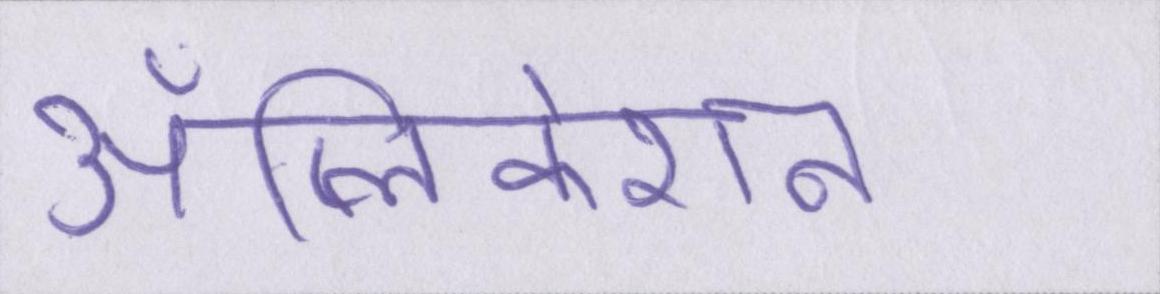
ॲप्लिकेशन